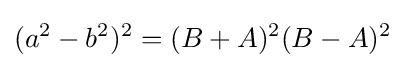
(a^{2}-b^{2})^{2}=(B+A)^{2}(B-A)^{2}